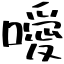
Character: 噯